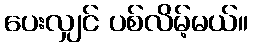
ပေးလျှင် ပစ်လိမ့်မယ်။